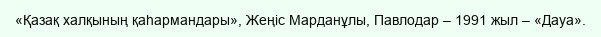
«Қазақ халқының қаһармандары», Жеңіс Марданұлы, Павлодар – 1991 жыл – «Дауа».